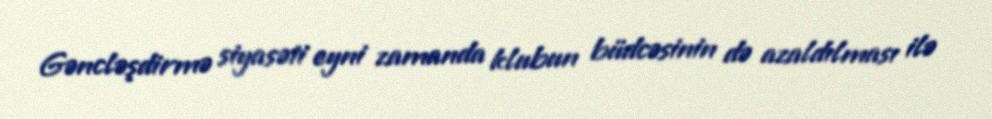
Gəncləşdirmə siyasəti eyni zamanda klubun büdcəsinin də azaldılması ilə